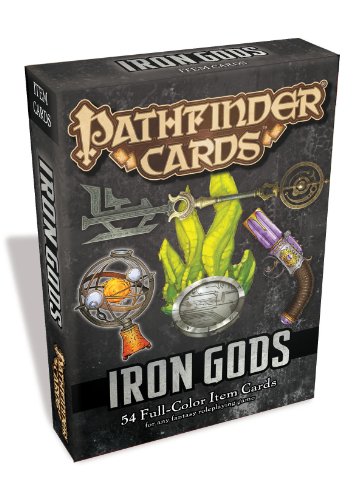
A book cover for Pathfinder Cards: Iron Gods Adventure Path Item Cards Deck; Science Fiction & Fantasy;